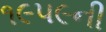
૧૯૫૯ની